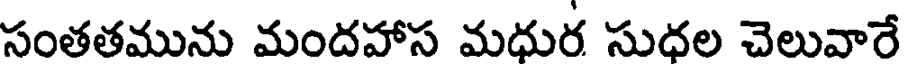
సంతతమును మందహాస మధుర సుధల చెలువారే